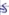
Text: S